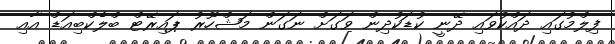
ފިލްމުގައި ދައްކުވައި ދޭނީ ކުޑަކުދިން ވަގަށް ނަގަން މަޝްހޫރު ޕައިރޭޓް ބްލެކްބިއަޑް އާއި